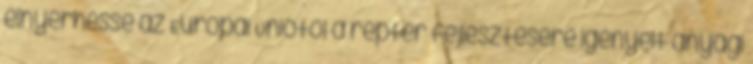
elnyerhesse az Európai Uniótól a reptér fejlesztésére igényelt anyagi